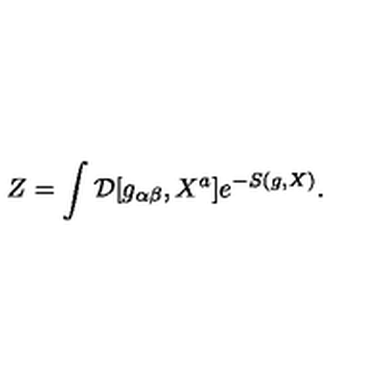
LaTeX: Z = \int { \cal D } [ g _ { \alpha \beta } , X ^ { a } ] e ^ { - S ( g , X ) } .